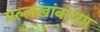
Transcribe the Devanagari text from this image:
मल्लखांबाच्या